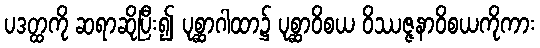
ပဒတ္ထကို ဆရာဆိုပြီး၍ ပုစ္ဆာဂါထာ၌ ပုစ္ဆာဝိစယ ဝိဿဇ္ဇနာဝိစယကိုကား